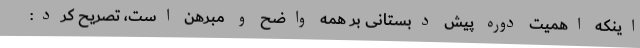
اینکه اهمیت دوره پیش دبستانی بر همه واضح و مبرهن است، تصریح کرد: